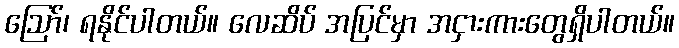
ဩော်၊ ရနိုင်ပါတယ်။ လေဆိပ် အပြင်မှာ အငှားကားတွေရှိပါတယ်။